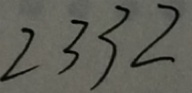
2 3 3 2